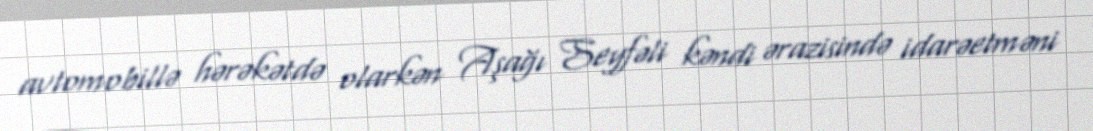
avtomobillə hərəkətdə olarkən Aşağı Seyfəli kəndi ərazisində idarəetməni